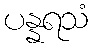
ပန္နရသံ